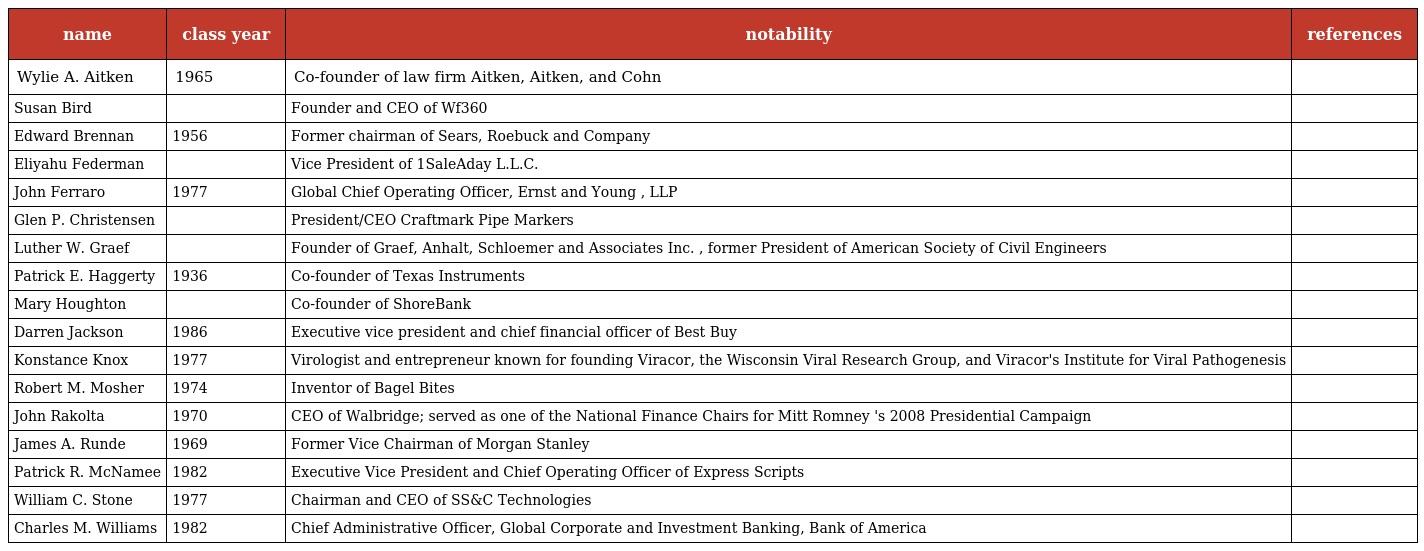
| name | class year | notability | references |
 | --- | --- | --- | --- |
 | Wylie A. Aitken | 1965 | Co-founder of law firm Aitken, Aitken, and Cohn |  |
 | Susan Bird |  | Founder and CEO of Wf360 |  |
 | Edward Brennan | 1956 | Former chairman of Sears, Roebuck and Company |  |
 | Eliyahu Federman |  | Vice President of 1SaleAday L.L.C. |  |
 | John Ferraro | 1977 | Global Chief Operating Officer, Ernst and Young , LLP |  |
 | Glen P. Christensen |  | President/CEO Craftmark Pipe Markers |  |
 | Luther W. Graef |  | Founder of Graef, Anhalt, Schloemer and Associates Inc. , former President of American Society of Civil Engineers |  |
 | Patrick E. Haggerty | 1936 | Co-founder of Texas Instruments |  |
 | Mary Houghton |  | Co-founder of ShoreBank |  |
 | Darren Jackson | 1986 | Executive vice president and chief financial officer of Best Buy |  |
 | Konstance Knox | 1977 | Virologist and entrepreneur known for founding Viracor, the Wisconsin Viral Research Group, and Viracor's Institute for Viral Pathogenesis |  |
 | Robert M. Mosher | 1974 | Inventor of Bagel Bites |  |
 | John Rakolta | 1970 | CEO of Walbridge; served as one of the National Finance Chairs for Mitt Romney 's 2008 Presidential Campaign |  |
 | James A. Runde | 1969 | Former Vice Chairman of Morgan Stanley |  |
 | Patrick R. McNamee | 1982 | Executive Vice President and Chief Operating Officer of Express Scripts |  |
 | William C. Stone | 1977 | Chairman and CEO of SS&C Technologies |  |
 | Charles M. Williams | 1982 | Chief Administrative Officer, Global Corporate and Investment Banking, Bank of America |  |